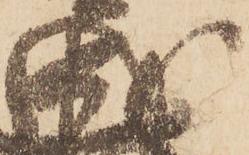
成